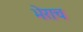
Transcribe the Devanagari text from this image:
भेराच